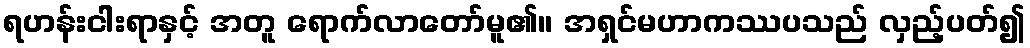
ရဟန်းငါးရာနှင့် အတူ ရောက်လာတော်မူ၏။ အရှင်မဟာကဿပသည် လှည့်ပတ်၍